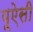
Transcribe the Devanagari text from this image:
यूऐसी